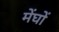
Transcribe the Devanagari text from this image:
मेंघों